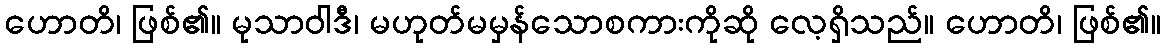
ဟောတိ၊ ဖြစ်၏။ မုသာဝါဒီ၊ မဟုတ်မမှန်သောစကားကိုဆို လေ့ရှိသည်။ ဟောတိ၊ ဖြစ်၏။